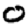
Digit: 0